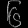
Digit: ၆